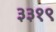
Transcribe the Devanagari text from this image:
३३१९